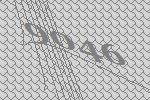
9046